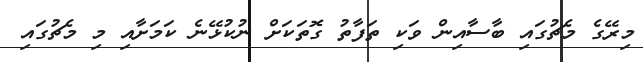
މިރޭގެ މެޗުގައި ބާސާއިން ވަކި ތަފާތު ގޮތަކަށް ނުކުޅޭނެ ކަމަށާއި މި މެޗުގައި